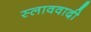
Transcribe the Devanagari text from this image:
स्लाववादी